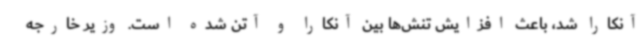
آنکارا شد، باعث افزایش تنش‌ها بین آنکارا و آتن شده است. وزیر خارجه